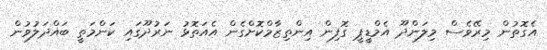
އެގޮތުން މިރޭވެސް މިލަންދޫ އެމްޑީޕީ ގޮފިން އިންތިޒާމްކޮށްގެން އެއަތޮޅު ނަރުދޫގައި ކަންމަތީ ބައްދަލުވުން